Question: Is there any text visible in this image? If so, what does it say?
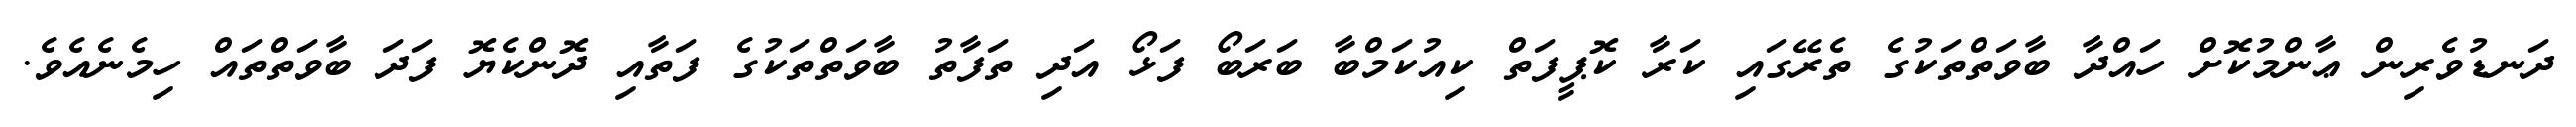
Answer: ދަނޑުވެރިން ޢާންމުކޮށް ހައްދާ ބާވަތްތަކުގެ ތެރޭގައި ކަރާ ކޮޕީފަތް ކިއުކަމްބާ ބަރަބޯ ފަޅޯ އަދި ތަފާތު ބާވަތްތަކުގެ ފަތާއި ދޮންކެޔޮ ފަދަ ބާވަތްތައް ހިމެނެއެވެ.